65_HS1-834228961_62-HQ-83894_Section_8
Agency: FBI
Page 209
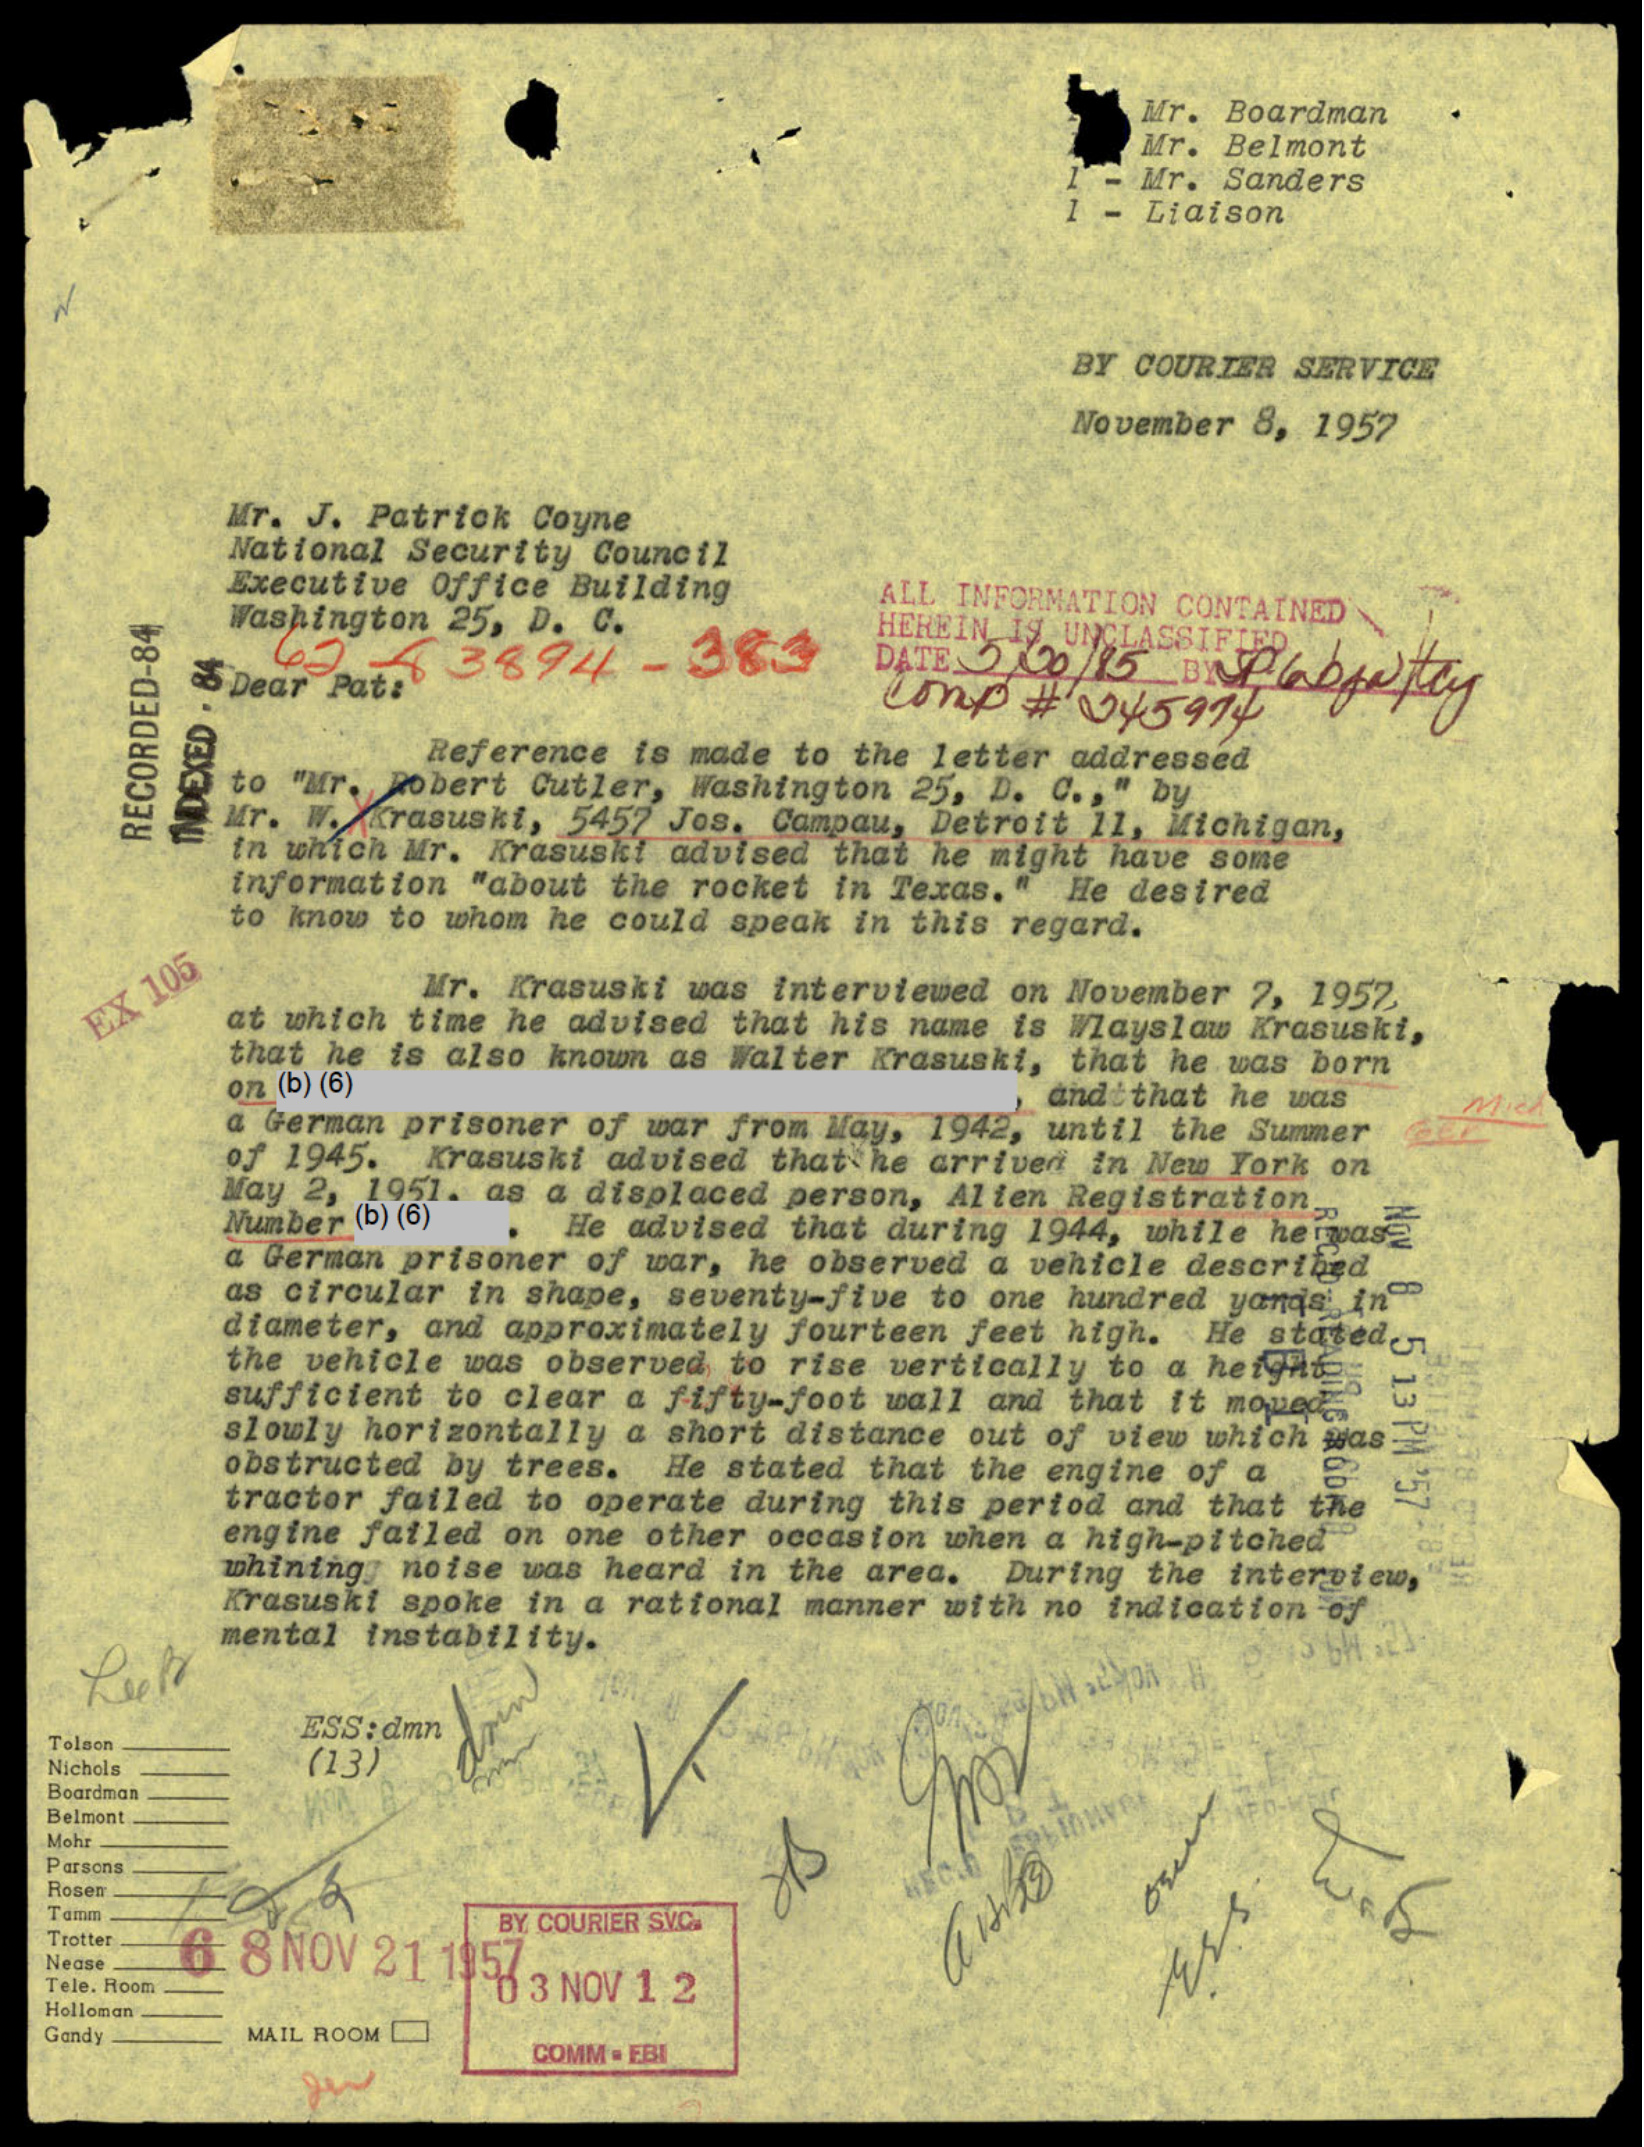